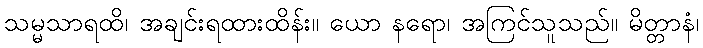
သမ္မသာရထိ၊ အချင်းရထားထိန်း။ ယော နရော၊ အကြင်သူသည်။ မိတ္တာနံ၊